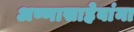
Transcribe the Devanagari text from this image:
अण्णासाहेबांना